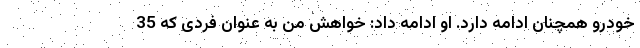
خودرو همچنان ادامه دارد. او ادامه داد: خواهش من به عنوان فردی که 35